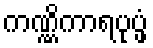
ကဏ္ဏိကာရပုပ္ဖံ